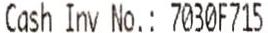
CASH INV NO.: 7030F715